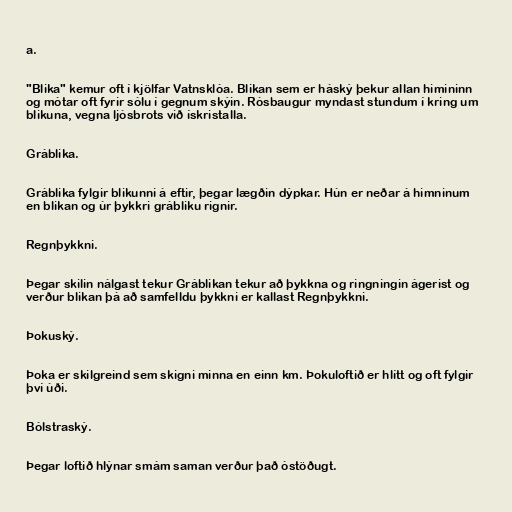
a.

"Blika" kemur oft í kjölfar Vatnsklóa. Blikan sem er háský þekur allan himininn
og mótar oft fyrir sólu í gegnum skýin. Rósbaugur myndast stundum í kring um
blikuna, vegna ljósbrots við ískristalla.

Gráblika.

Gráblika fylgir blikunni á eftir, þegar lægðin dýpkar. Hún er neðar á himninum
en blikan og úr þykkri grábliku rignir.

Regnþykkni.

Þegar skilin nálgast tekur Gráblikan tekur að þykkna og ringningin ágerist og
verður blikan þá að samfelldu þykkni er kallast Regnþykkni.

Þokuský.

Þoka er skilgreind sem skigni minna en einn km. Þokuloftið er hlítt og oft fylgir
því úði.

Bólstraský.

Þegar loftið hlýnar smám saman verður það óstöðugt.